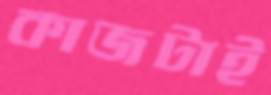
কাজটাই